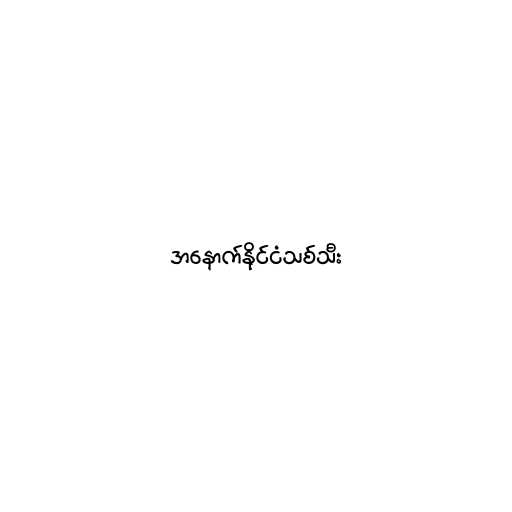
အနောက်နိုင်ငံသစ်သီး